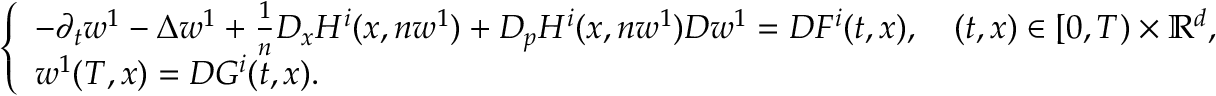
\begin{array} { r } { \left\{ \begin{array} { l l } { - \partial _ { t } w ^ { 1 } - \Delta w ^ { 1 } + \frac { 1 } { n } D _ { x } H ^ { i } ( x , n w ^ { 1 } ) + D _ { p } H ^ { i } ( x , n w ^ { 1 } ) D w ^ { 1 } = D F ^ { i } ( t , x ) , \quad ( t , x ) \in [ 0 , T ) \times { \mathbb R } ^ { d } , } \\ { w ^ { 1 } ( T , x ) = D G ^ { i } ( t , x ) . } \end{array} \right. } \end{array}